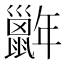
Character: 𢆭